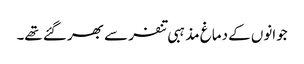
جوانوں کے دماغ مذہبی تنفر سے بھر گئے تھے۔